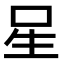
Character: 𭺲